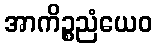
အာကိဉ္စညံယေဝ